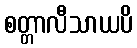
စတ္တာလီသာယပိ